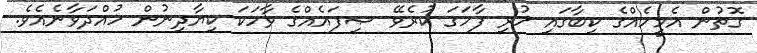
ގޮތުން އެމީހެއްގެ ކިބާގައި ހުރި ފާހަގަ ކުރެވޭ ޞިފައެއްގެ ވާހަކަ ކިޔާދިނުން ހުއްދަވާނެއެވެ.